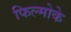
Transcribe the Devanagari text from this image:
फिल्मोके